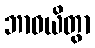
ဘာဝယိတွာ